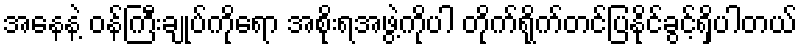
အနေနဲ့ ဝန်ကြီးချုပ်ကိုရော အစိုးရအဖွဲ့ကိုပါ တိုက်ရိုက်တင်ပြနိုင်ခွင့်ရှိပါတယ်